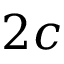
2 c